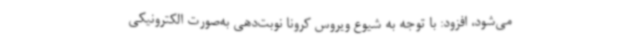
می‌شود، افزود: با توجه به شیوع ویروس کرونا نوبت‌دهی به‌صورت الکترونیکی